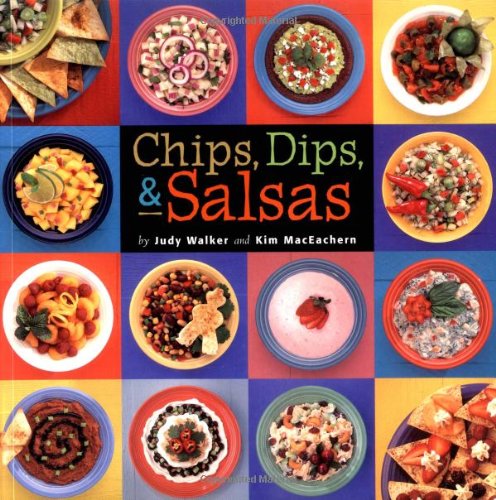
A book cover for Chips, Dips, & Salsas; Judy Walker; Cookbooks, Food & Wine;